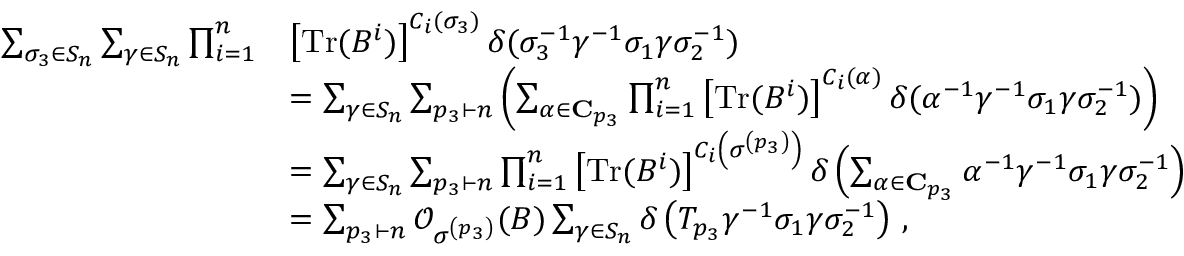
\begin{array} { r l } { \sum _ { \sigma _ { 3 } \in S _ { n } } \sum _ { \gamma \in S _ { n } } \prod _ { i = 1 } ^ { n } } & { \left[ \mathrm { T r } ( B ^ { i } ) \right] ^ { C _ { i } ( \sigma _ { 3 } ) } \delta ( \sigma _ { 3 } ^ { - 1 } \gamma ^ { - 1 } \sigma _ { 1 } \gamma \sigma _ { 2 } ^ { - 1 } ) } \\ & { = \sum _ { \gamma \in S _ { n } } \sum _ { p _ { 3 } \vdash n } \left( \sum _ { \alpha \in \mathbf { C } _ { p _ { 3 } } } \prod _ { i = 1 } ^ { n } \left[ \mathrm { T r } ( B ^ { i } ) \right] ^ { C _ { i } ( \alpha ) } \delta ( \alpha ^ { - 1 } \gamma ^ { - 1 } \sigma _ { 1 } \gamma \sigma _ { 2 } ^ { - 1 } ) \right) } \\ & { = \sum _ { \gamma \in S _ { n } } \sum _ { p _ { 3 } \vdash n } \prod _ { i = 1 } ^ { n } \left[ \mathrm { T r } ( B ^ { i } ) \right] ^ { C _ { i } \left( \sigma ^ { \left( p _ { 3 } \right) } \right) } \delta \left( \sum _ { \alpha \in \mathbf { C } _ { p _ { 3 } } } \alpha ^ { - 1 } \gamma ^ { - 1 } \sigma _ { 1 } \gamma \sigma _ { 2 } ^ { - 1 } \right) } \\ & { = \sum _ { p _ { 3 } \vdash n } \mathcal { O } _ { \sigma ^ { \left( p _ { 3 } \right) } } ( B ) \sum _ { \gamma \in S _ { n } } \delta \left( T _ { p _ { 3 } } \gamma ^ { - 1 } \sigma _ { 1 } \gamma \sigma _ { 2 } ^ { - 1 } \right) \, , } \end{array}